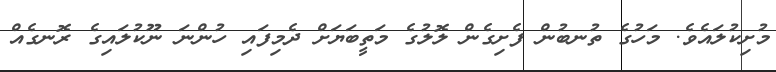
މުށިކުލައެވެ. މަހުގެ ތުނބުން ފެށިގެން ލޮލުގެ މަތީބަޔަށް ދެމިފައި ހުންނަ ނޫކުލައިގެ ރޮނގެއް